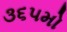
૩૬૫મો